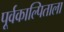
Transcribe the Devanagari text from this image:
पूर्वकाल्पिताला